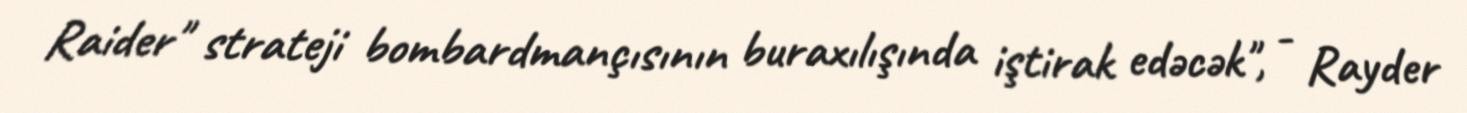
Raider" strateji bombardmançısının buraxılışında iştirak edəcək", - Rayder